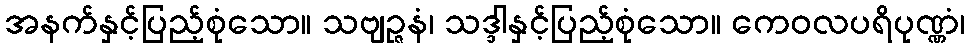
အနက်နှင့်ပြည့်စုံသော။ သဗျဉ္ဇနံ၊ သဒ္ဒါနှင့်ပြည့်စုံသော။ ကေဝလပရိပုဏ္ဏံ၊